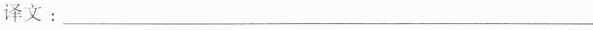
译文：___